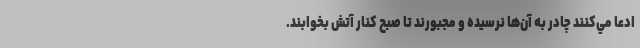
ادعا مي‌كنند چادر به آن‌ها نرسيده و مجبورند تا صبح كنار آتش بخوابند.